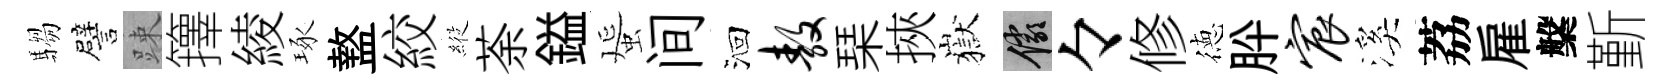
騶譬踈籜綾琢盩絞𦂵荼鎰蜑间洄敖琹挾嶽儼々修徳肸宸溪荔雇槃斳